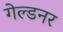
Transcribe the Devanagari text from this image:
गेल्डनर